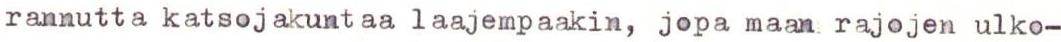
rannutta katsojakuntaa laajempaakin, jopa maan rajojen ulko-